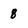
Character: 8